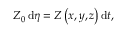
\begin{array} { r } { Z _ { 0 } \, \mathrm { d } \eta = Z \left( x , y , z \right) \mathrm { d } t , } \end{array}